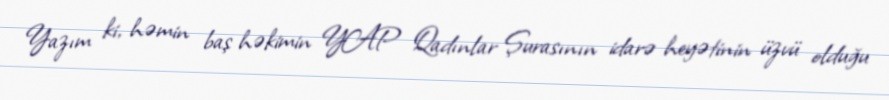
Yazım ki, həmin baş həkimin YAP Qadınlar Şurasının idarə heyətinin üzvü olduğu